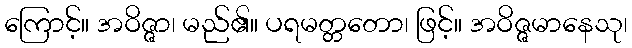
ကြောင့်။ အဝိဇ္ဇာ၊ မည်၏။ ပရမတ္တတော၊ ဖြင့်။ အဝိဇ္ဇမာနေသု၊